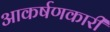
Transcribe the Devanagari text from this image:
आकर्षणकारी